Civil Veterinary Dept. North-West Frontier Province 1901-22 - 1901-1922
Year: 1901
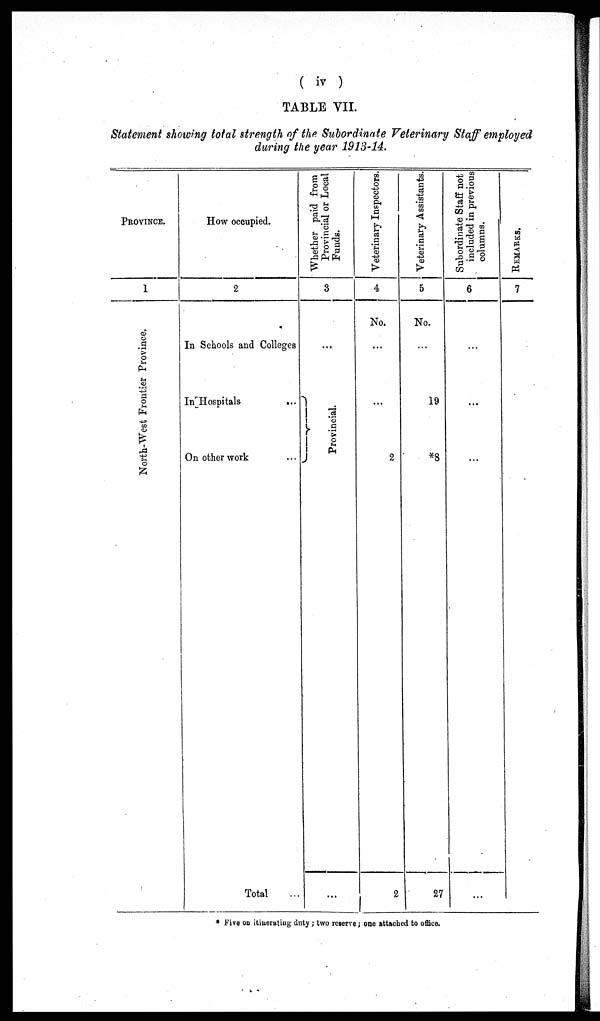
( iv )
TABLE VII.
Statement showing total strength of the Subordinate Veterinary Staff employed
during the year 1913-14.
PROVINCE.
1
North-West Frontier Province.
How occupied.
2
In Schools and Colleges
In Hospitals
...
On other work
Total
Whether paid from
Provincial or Local
Funds.
3
...
}Provincial.
...
Veterinary Inspectors.
4
No.
...
...
2
2
Veterinary Assistants.
5
No.
...
19
*8
27
Subordinate Staff not
included in previous
columns.
6
...
...
...
...
REMARKS.
7
...
...
...
* Five on itinerating duty; two reserve; one attached to office.